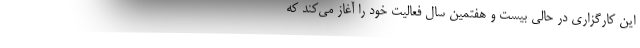
این کارگزاری در حالی بیست و هفتمین سال فعالیت خود را آغاز می‌کند که